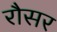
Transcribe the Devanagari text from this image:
रौसर